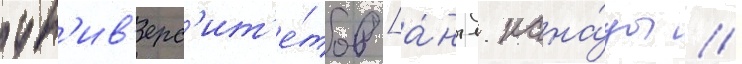
ун'ив'ерс'ит'е́тов [а́нгл. кана́ды //